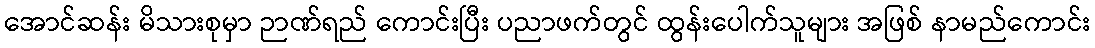
အောင်ဆန်း မိသားစုမှာ ဉာဏ်ရည် ကောင်းပြီး ပညာဖက်တွင် ထွန်းပေါက်သူများ အဖြစ် နာမည်ကောင်း